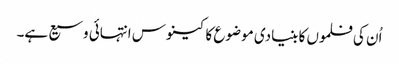
اُن کی فلموں کا بنیادی موضوع کا کینوس انتہائی وسیع ہے۔